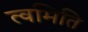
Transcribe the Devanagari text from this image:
त्वमिति